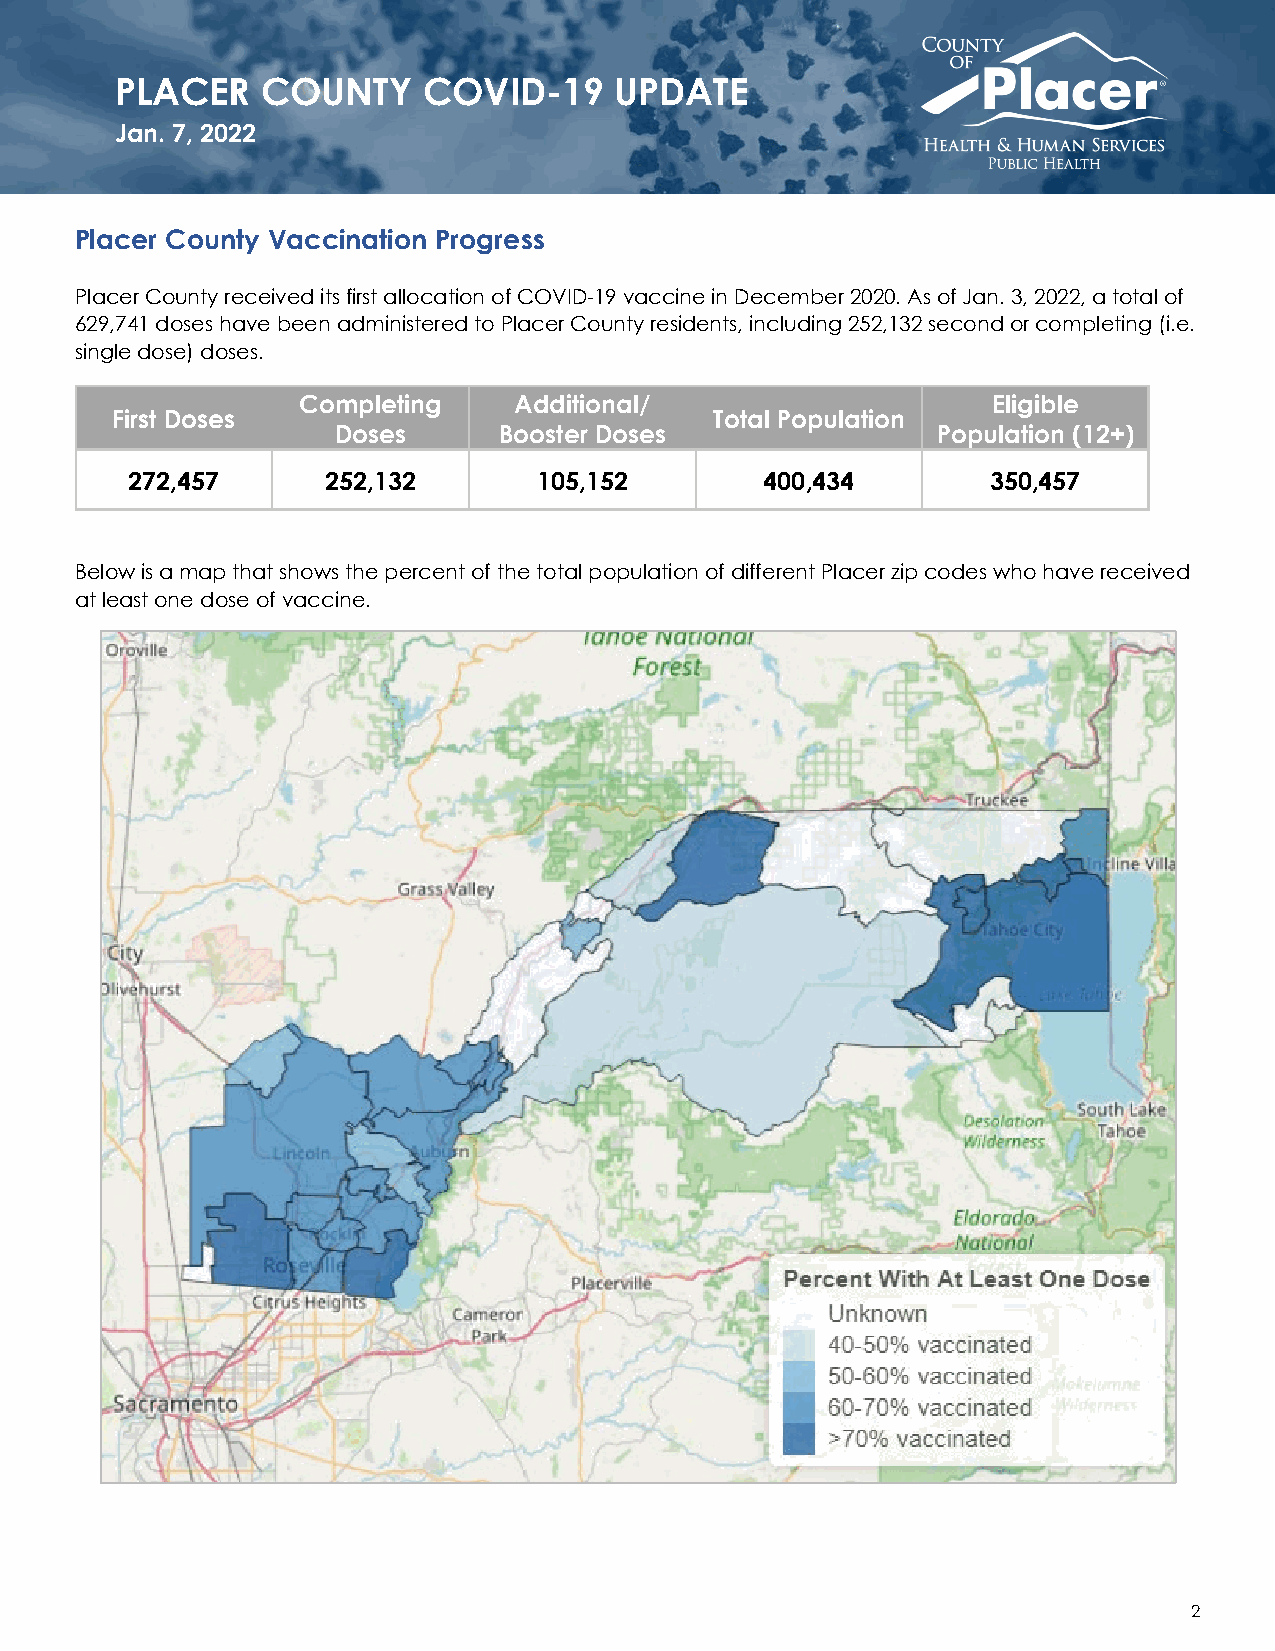
PLACER   COUNTY     COVID-19     UPDATE
 Jan. 7, 2022
 Placer County Vaccination Progress
 Placer County received its first allocation of COVID-19 vaccine in December 2020. As of Jan. 3, 2022, a total of
 629,741 doses have been administered to Placer County residents, including 252,132 second or completing (i.e.
 single dose) doses.
 Completing    Additional/                     Eligible
 First Doses                             Total Population
 Doses      Booster Doses                Population (12+)
 272,457       252,132       105,152        400,434        350,457
 Below is a map that shows the percent of the total population of different Placer zip codes who have received
 at least one dose of vaccine.
 2